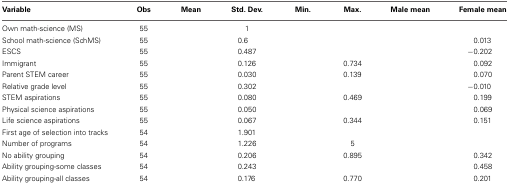
<table><thead><tr><td><b>Variable</b></td><td><b>Obs</b></td><td><b>Mean</b></td><td><b>Std. Dev.</b></td><td><b>Min.</b></td><td><b>Max.</b></td><td><b>Male mean</b></td><td><b>Female mean</b></td></tr></thead><tbody><tr><td>Own math-science (MS)</td><td>55</td><td>[EMPTY_CELL]</td><td>1</td><td>[EMPTY_CELL]</td><td>[EMPTY_CELL]</td><td>[EMPTY_CELL]</td><td>[EMPTY_CELL]</td></tr><tr><td>School math-science (SchMS)</td><td>55</td><td>[EMPTY_CELL]</td><td>0.6</td><td>[EMPTY_CELL]</td><td>[EMPTY_CELL]</td><td>[EMPTY_CELL]</td><td>0.013</td></tr><tr><td>ESCS</td><td>55</td><td>[EMPTY_CELL]</td><td>0.487</td><td>[EMPTY_CELL]</td><td>[EMPTY_CELL]</td><td>[EMPTY_CELL]</td><td>−0.202</td></tr><tr><td>Immigrant</td><td>55</td><td>[EMPTY_CELL]</td><td>0.126</td><td>[EMPTY_CELL]</td><td>0.734</td><td>[EMPTY_CELL]</td><td>0.092</td></tr><tr><td>Parent STEM career</td><td>55</td><td>[EMPTY_CELL]</td><td>0.030</td><td>[EMPTY_CELL]</td><td>0.139</td><td>[EMPTY_CELL]</td><td>0.070</td></tr><tr><td>Relative grade level</td><td>55</td><td>[EMPTY_CELL]</td><td>0.302</td><td>[EMPTY_CELL]</td><td>[EMPTY_CELL]</td><td>[EMPTY_CELL]</td><td>−0.010</td></tr><tr><td>STEM aspirations</td><td>55</td><td>[EMPTY_CELL]</td><td>0.080</td><td>[EMPTY_CELL]</td><td>0.469</td><td>[EMPTY_CELL]</td><td>0.199</td></tr><tr><td>Physical science aspirations</td><td>55</td><td>[EMPTY_CELL]</td><td>0.050</td><td>[EMPTY_CELL]</td><td>[EMPTY_CELL]</td><td>[EMPTY_CELL]</td><td>0.069</td></tr><tr><td>Life science aspirations</td><td>55</td><td>[EMPTY_CELL]</td><td>0.067</td><td>[EMPTY_CELL]</td><td>0.344</td><td>[EMPTY_CELL]</td><td>0.151</td></tr><tr><td>First age of selection into tracks</td><td>54</td><td>[EMPTY_CELL]</td><td>1.901</td><td>[EMPTY_CELL]</td><td>[EMPTY_CELL]</td><td>[EMPTY_CELL]</td><td>[EMPTY_CELL]</td></tr><tr><td>Number of programs</td><td>54</td><td>[EMPTY_CELL]</td><td>1.226</td><td>[EMPTY_CELL]</td><td>5</td><td>[EMPTY_CELL]</td><td>[EMPTY_CELL]</td></tr><tr><td>No ability grouping</td><td>54</td><td>[EMPTY_CELL]</td><td>0.206</td><td>[EMPTY_CELL]</td><td>0.895</td><td>[EMPTY_CELL]</td><td>0.342</td></tr><tr><td>Ability grouping-some classes</td><td>54</td><td>[EMPTY_CELL]</td><td>0.243</td><td>[EMPTY_CELL]</td><td>[EMPTY_CELL]</td><td>[EMPTY_CELL]</td><td>0.458</td></tr><tr><td>Ability grouping-all classes</td><td>54</td><td>[EMPTY_CELL]</td><td>0.176</td><td>[EMPTY_CELL]</td><td>0.770</td><td>[EMPTY_CELL]</td><td>0.201</td></tr></tbody></table>